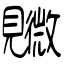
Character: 覹